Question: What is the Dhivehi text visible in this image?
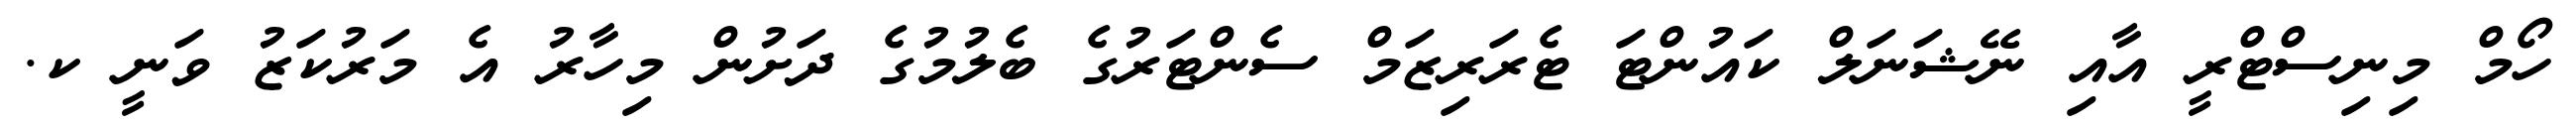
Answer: ހޯމް މިނިސްޓްރީ އާއި ނޭޝަނަލް ކައުންޓަ ޓެރަރިޒަމް ސެންޓަރުގެ ބެލުމުގެ ދަށުން މިހާރު އެ މަރުކަޒު ވަނީ ކ.